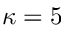
\kappa = 5